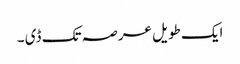
ایک طویل عرصہ تک ڈی ۔